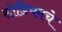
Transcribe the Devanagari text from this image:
सोडियमचे